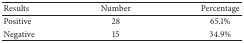
<table><thead><tr><td><b>Results</b></td><td><b>Number</b></td><td><b>Percentage</b></td></tr></thead><tbody><tr><td>Positive</td><td>28</td><td>65.1%</td></tr><tr><td>Negative</td><td>15</td><td>34.9%</td></tr></tbody></table>